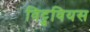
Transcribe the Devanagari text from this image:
विट्रुवियस